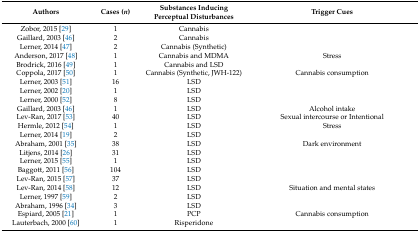
| Authors | Cases (n) | Substances Inducing Perceptual Disturbances | Trigger Cues |
 | --- | --- | --- | --- |
 | Zobor, 2015 [29] | 1 | Cannabis |  |
 | Gaillard, 2003 [46] | 2 | Cannabis |  |
 | Lerner, 2014 [47] | 2 | Cannabis (Synthetic) |  |
 | Anderson, 2017 [48] | 1 | Cannabis and MDMA | Stress |
 | Brodrick, 2016 [49] | 1 | Cannabis and LSD |  |
 | Coppola, 2017 [50] | 1 | Cannabis (Synthetic, JWH-122) | Cannabis consumption |
 | Lerner, 2003 [51] | 16 | LSD |  |
 | Lerner, 2002 [20] | 1 | LSD |  |
 | Lerner, 2000 [52] | 8 | LSD |  |
 | Gaillard, 2003 [46] | 1 | LSD | Alcohol intake |
 | Lev-Ran, 2017 [53] | 40 | LSD | Sexual intercourse or Intentional |
 | Hermle, 2012 [54] | 1 | LSD | Stress |
 | Lerner, 2014 [19] | 2 | LSD |  |
 | Abraham, 2001 [35] | 38 | LSD | Dark environment |
 | Litjens, 2014 [26] | 31 | LSD |  |
 | Lerner, 2015 [55] | 1 | LSD |  |
 | Baggott, 2011 [56] | 104 | LSD |  |
 | Lev-Ran, 2015 [57] | 37 | LSD |  |
 | Lev-Ran, 2014 [58] | 12 | LSD | Situation and mental states |
 | Lerner, 1997 [59] | 2 | LSD |  |
 | Abraham, 1996 [34] | 3 | LSD |  |
 | Espiard, 2005 [21] | 1 | PCP | Cannabis consumption |
 | Lauterbach, 2000 [60] | 1 | Risperidone |  |